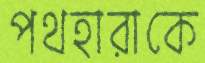
পথহারাকে